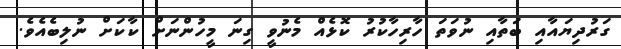
ގަރުދިޔައާއި ބަތާއި ނުވަތަ ހާރިހާކުރު ކޮޅެއް މެނުވީ ގިނަ މީހުންނަށް ކާކަށް ނުލިބެއެވެ.